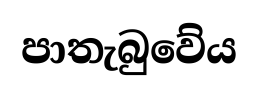
පාතැබුවේය